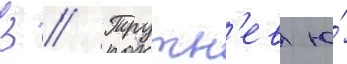
В // Трутн'ев ю́